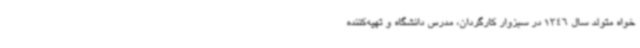
خواه متولد سال 1346 در سبزوار کارگردان، مدرس دانشگاه و تهیه‌کننده